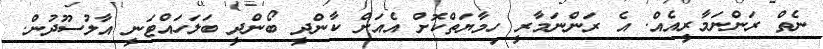
ނެތް ރަންނަމާރީއެއް. އެ ރަންނަމާރީ ހިމާޔަތްކޮށް އެއަށް ކާންދީ ބޯންދީ ބަލަހައްޓަނީ އާލުސޫދުން.